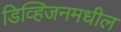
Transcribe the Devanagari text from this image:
डिव्हिजनमधील